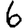
Digit: 6